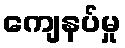
ကျေနပ်မှု